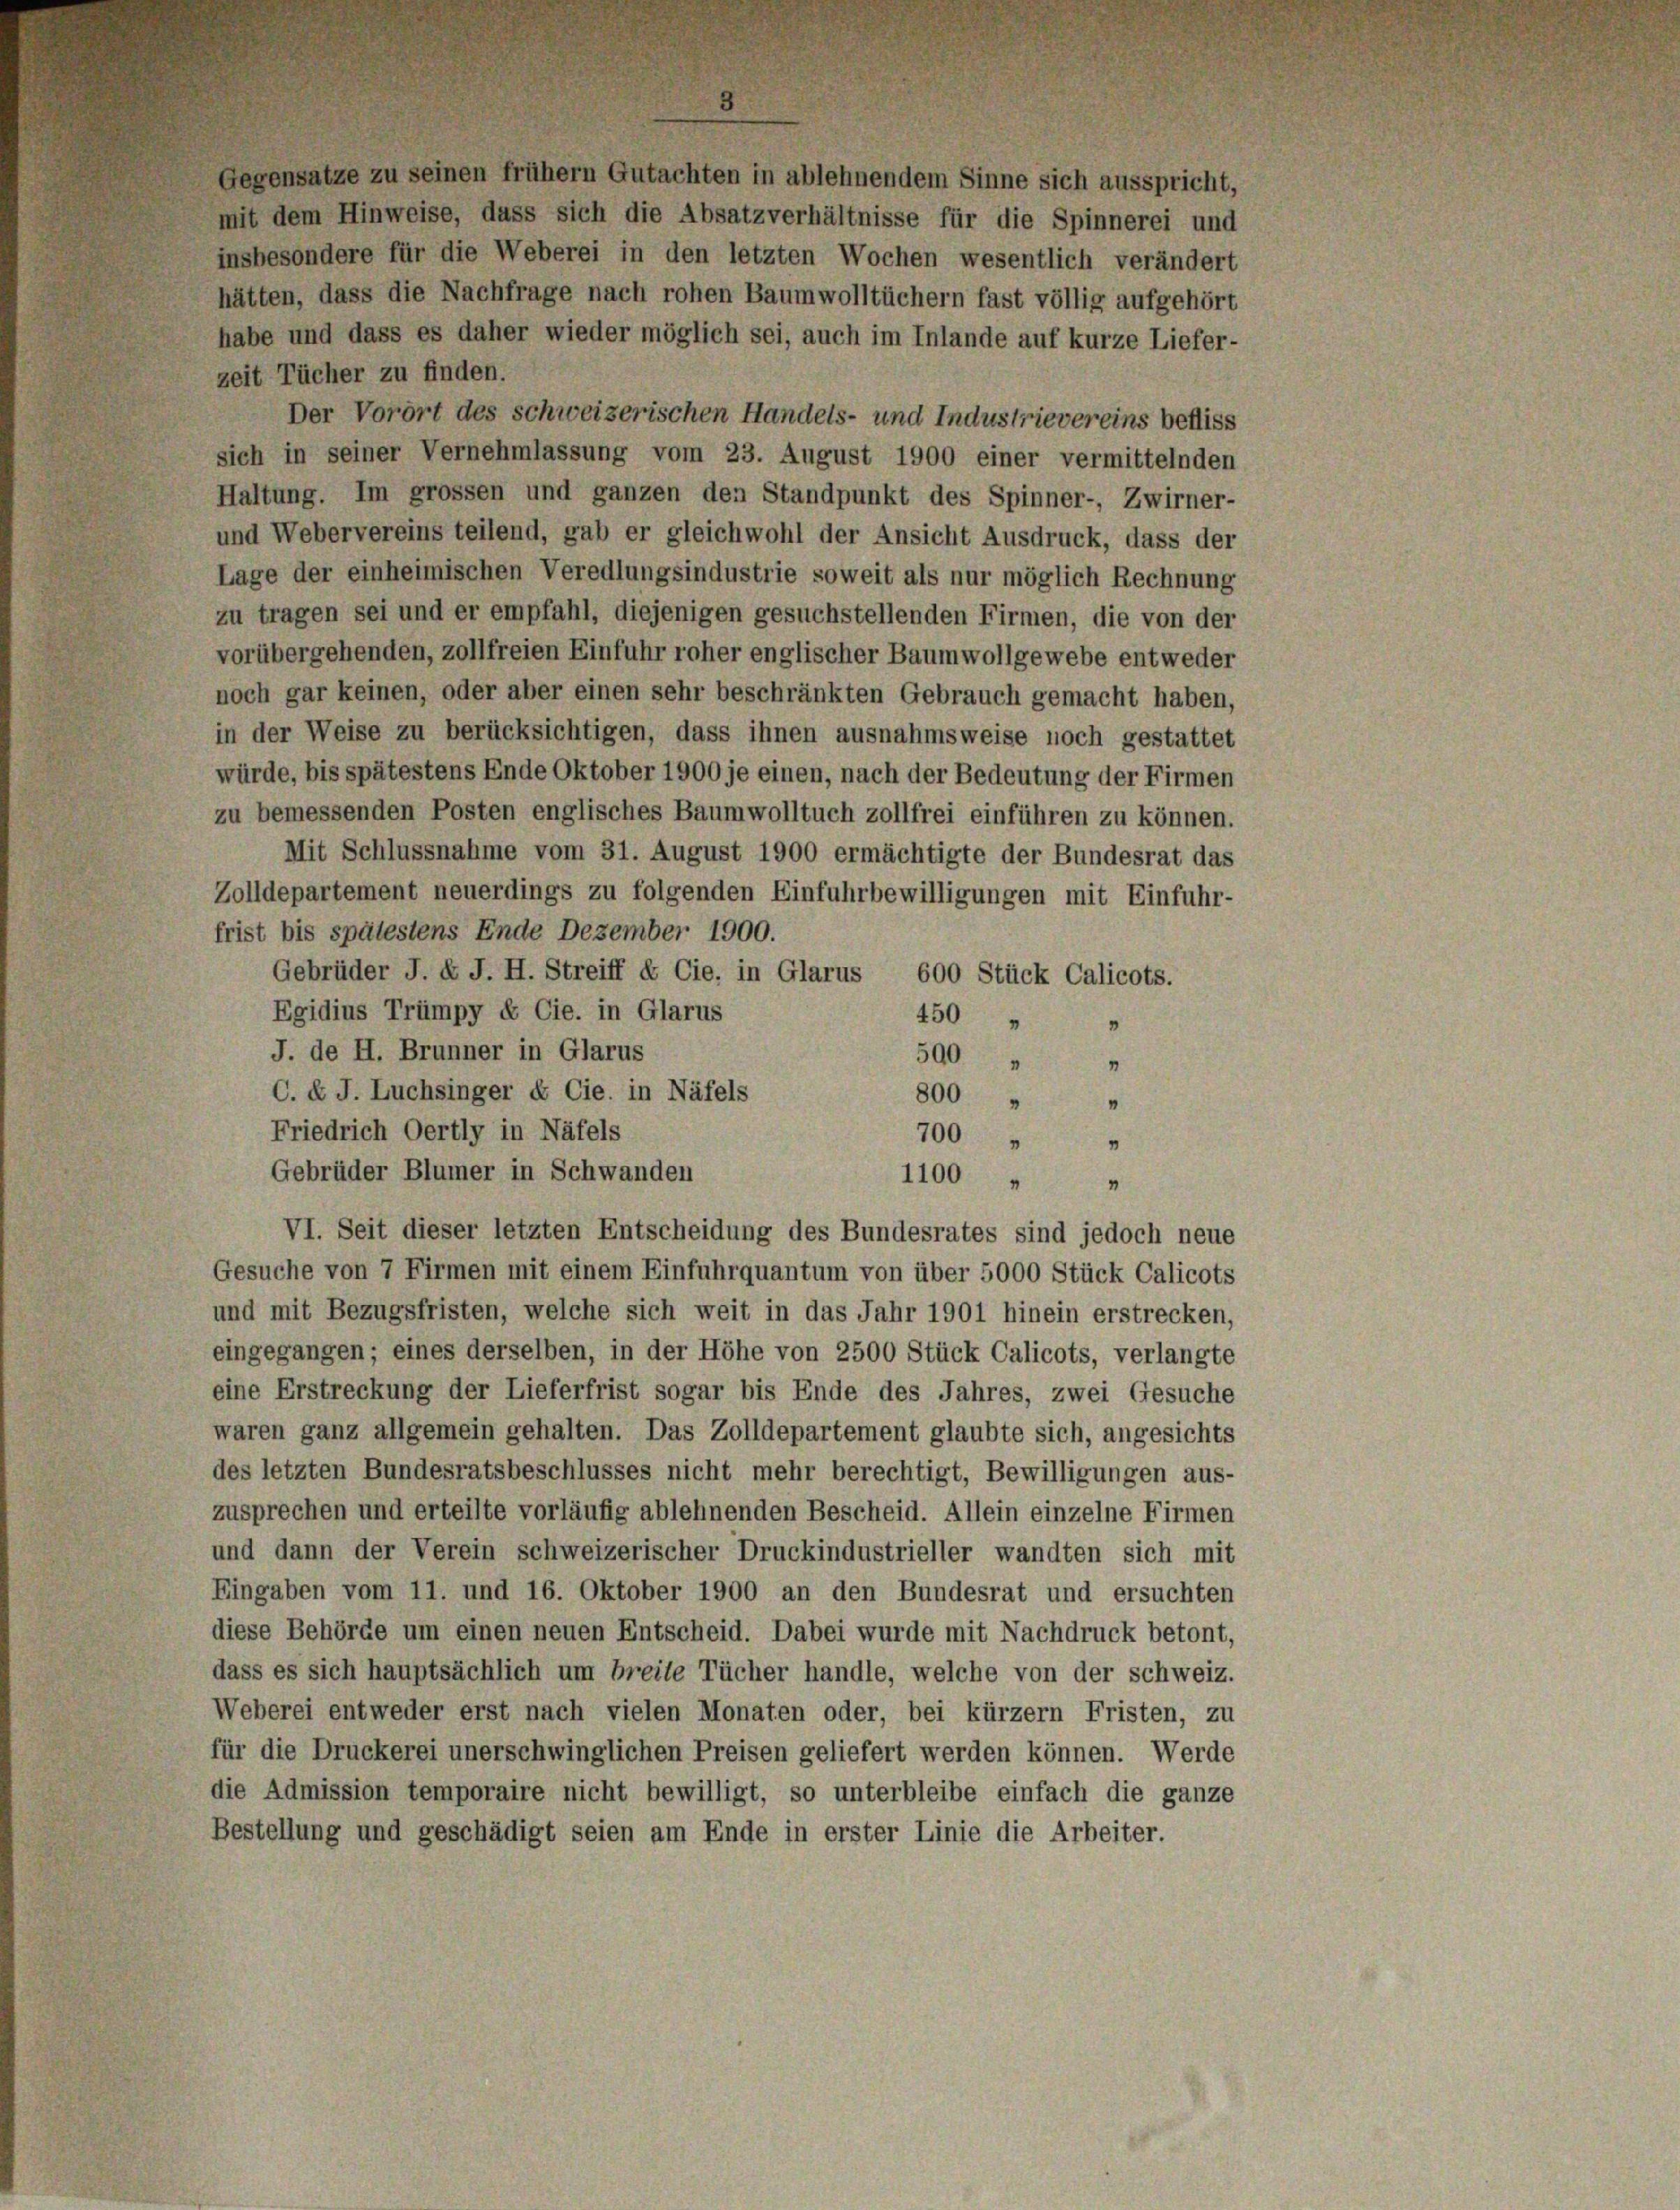
Gegensätze zu seinen frühem Gutachten in ablehnendem Sinne sich ausspricht,
mit dem Hinweise, dass sich die Absatzverhältnisse für die Spinnerei und
insbesondere für die Weberei in den letzten Wochen wesentlich verändert
hätten, dass die Nachfrage nach rohen Baumwolltüchern fast völlig aufgehört
habe und dass es daher wieder möglich sei, auch im Inlande auf kurze Liefer-
zeit Tücher zu finden.
Der Vorort des schweizerischen Handels- und Industrievereins befliss
sich in seiner Vernehmlassung vom 23. August 1900 einer vermittelnden
Haltung. Im grossen und ganzen den Standpunkt des Spinner-, Zwirner-
und Webervereins teilend, gab er gleichwohl der Ansicht Ausdruck, dass der
Lage der einheimischen Veredlungsindustrie soweit als nur möglich Rechnung
zu tragen sei und er empfahl, diejenigen gesuchstellenden Firmen, die von der
vorübergehenden, zollfreien Einfuhr roher englischer Baumwollgewebe entweder
noch gar keinen, oder aber einen sehr beschränkten Gebrauch gemacht haben,
in der Weise zu berücksichtigen, dass ihnen ausnahmsweise noch gestattet
würde, bis spätestens Ende Oktober 1900 je einen, nach der Bedeutung der Firmen
zu bemessenden Posten englisches Baumwolltuch zollfrei einführen zu können.
Mit Schlussnahme vom 31. August 1900 ermächtigte der Bundesrat das
Zolldepartement neuerdings zu folgenden Einfuhrbewilligungen mit Einfuhr-
frist bis spätestens Ende Dezember 1900.
Gebrüder J. k. J. H. Streiff & Cie, in Glarus, 600 Stück Calicots.
Egidius Trümpy & Cie. in Glarus
450 " "
J. de H. Brunner in Glarus
500 " "
C. d. J. Luchsinger & Cie. in Näfels
800
"
Friedrich Oertly in Näfels
700 " "
Gebrüder Blümer in Schwanden
1100 " "
VI. Seit dieser letzten Entscheidung des Bundesrates sind jedoch neue
Gesuche von 7 Firmen mit einem Einfuhrquantum von über 5000 Stück Calicots
und mit Bezugsfristen, welche sich weit in das Jahr 1901 hinein erstrecken,
eingegangen; eines derselben, in der Höhe von 2500 Stück Calicots, verlangte
eine Erstreckung der Lieferfrist sogar bis Ende des Jahres, zwei Gesuche
waren ganz allgemein gehalten. Das Zolldepartement glaubte sich, angesichts
des letzten Bundesratsbeschlusses nicht mehr berechtigt, Bewilligungen aus-
zusprechen und erteilte vorläufig ablehnenden Bescheid. Allein einzelne Firmen
und dann der Verein schweizerischer Druckindustrieller wandten sich mit
Eingaben vom 11. und 16. Oktober 1900 an den Bundesrat und ersuchten
diese Behörde um einen neuen Entscheid. Dabei wurde mit Nachdruck betont,
dass es sich hauptsächlich um breite Tücher handle, welche von der Schweiz.
Weberei entweder erst nach vielen Monaten oder, bei kürzern Fristen, zu
für die Druckerei unerschwinglichen Preisen geliefert werden können. Werde
die Admission temporaire nicht bewilligt, so unterbleibe einfach die ganze
Bestellung und geschädigt seien am Ende in erster Linie die Arbeiter.